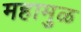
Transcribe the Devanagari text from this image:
महामुळ